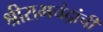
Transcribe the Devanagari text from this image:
श्रीरामचंद्रांची